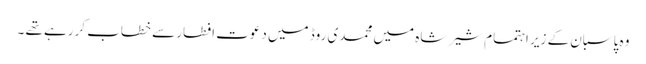
وہ پاسبان کے زیر اہتمام شیر شاہ میں محمدی روڈ میں دعوت افطار سے خطاب کررہے تھے ۔